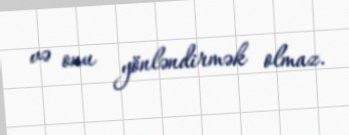
və onu yönləndirmək olmaz.